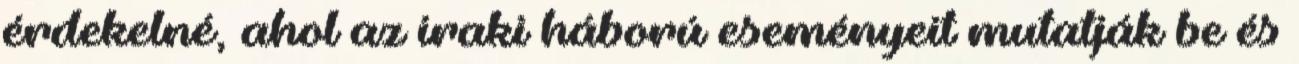
érdekelné, ahol az iraki háború eseményeit mutatják be és